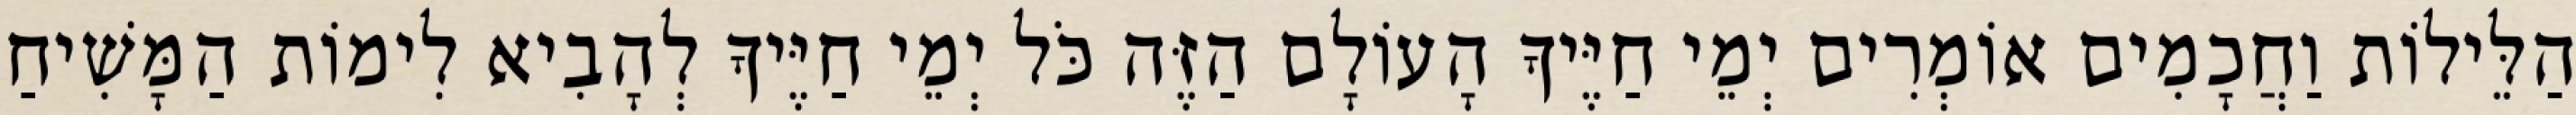
הַלֵּילוֹת וַחֲכָמִים אוֹמְרִים יְמֵי חַיֶּיךָ הָעוֹלָם הַזֶּה כֹּל יְמֵי חַיֶּיךָ לְהָבִיא לִימוֹת הַמָּשִׁיחַ